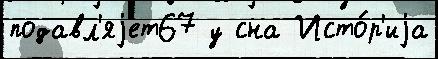
подавл'яjет67 у сна Исто́р'иjа